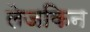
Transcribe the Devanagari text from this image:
लेजकिन